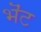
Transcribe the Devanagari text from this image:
भॆंट